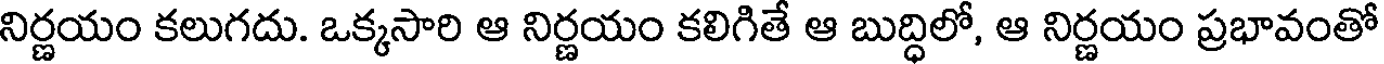
నిర్ణయం కలుగదు. ఒక్కసారి ఆ నిర్ణయం కలిగితే ఆ బుద్ధిలో, ఆ నిర్ణయం ప్రభావంతో